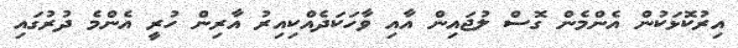
އިރުކޮޅަކުން އެންމެން ގޮސް ލުޖައިން އާއި ވާހަކަދެއްކިއިރު އާރިން ހުރީ އެންމެ ދުރުގައި